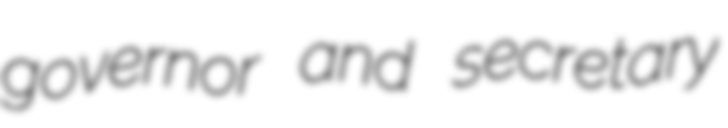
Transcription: governor and secretary